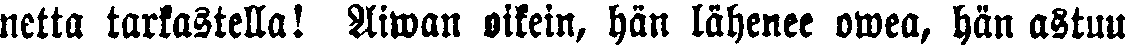
netta tarkastella! Aiwan oikein, hän lähenee owea, hän astuu